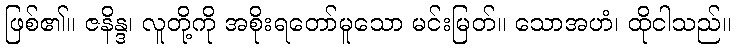
ဖြစ်၏။ ဇနိန္ဒ၊ လူတို့ကို အစိုးရတော်မူသော မင်းမြတ်။ သောအဟံ၊ ထိုငါသည်။